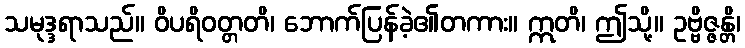
သမုဒ္ဒရာသည်။ ဝိပရိဝတ္တတိ၊ ဘောက်ပြန်ခဲ့၏တကား။ ဣတိ၊ ဤသို့။ ဥဗ္ဗိဇ္ဇန္တိ၊